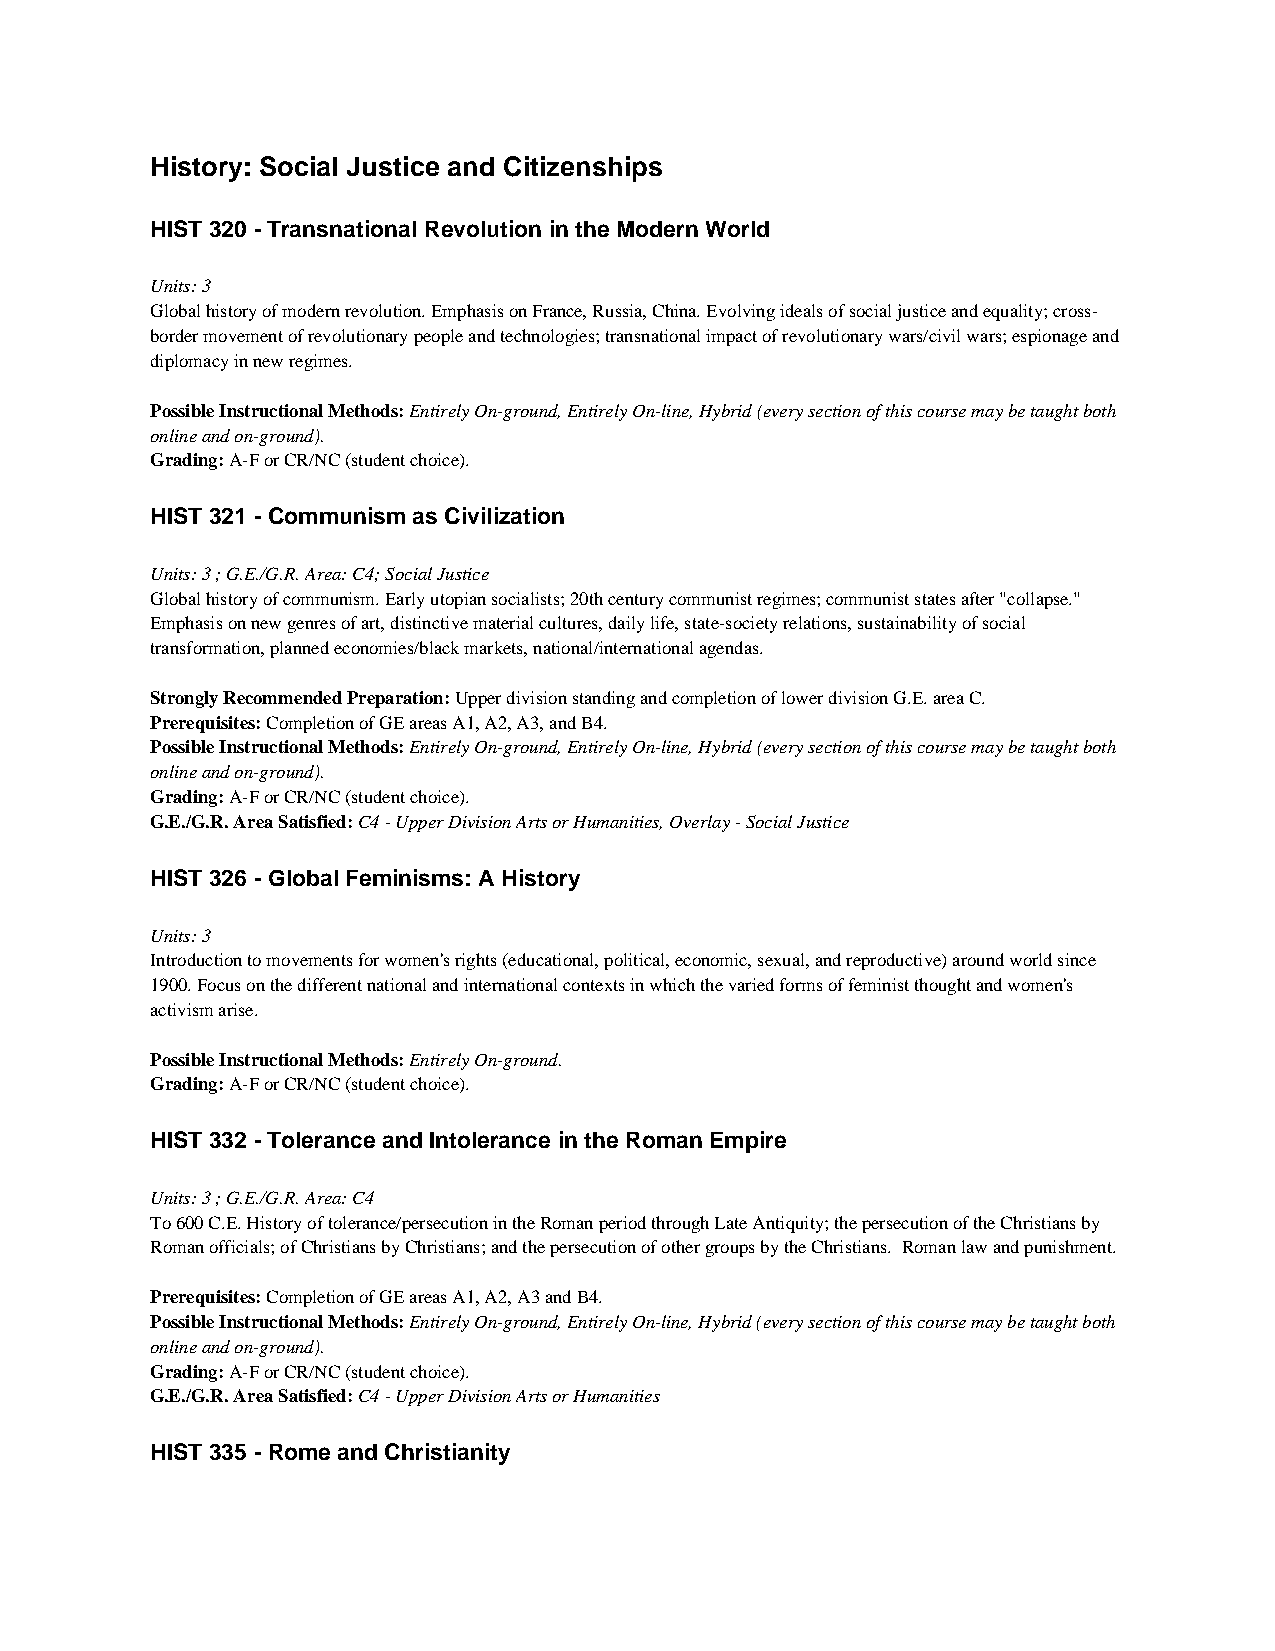
History: Social Justice and Citizenships
 HIST 320 - Transnational Revolution in the Modern World
 Units: 3
 Global history of modern revolution. Emphasis on France, Russia, China. Evolving ideals of social justice and equality; cross-
 border movement of revolutionary people and technologies; transnational impact of revolutionary wars/civil wars; espionage and
 diplomacy in new regimes.
 Possible Instructional Methods: Entirely On-ground, Entirely On-line, Hybrid (every section of this course may be taught both
 online and on-ground).
 Grading: A-F or CR/NC (student choice).
 HIST 321 - Communism as Civilization
 Units: 3 ; G.E./G.R. Area: C4; Social Justice
 Global history of communism. Early utopian socialists; 20th century communist regimes; communist states after "collapse."
 Emphasis on new genres of art, distinctive material cultures, daily life, state-society relations, sustainability of social
 transformation, planned economies/black markets, national/international agendas.
 Strongly Recommended Preparation: Upper division standing and completion of lower division G.E. area C.
 Prerequisites: Completion of GE areas A1, A2, A3, and B4.
 Possible Instructional Methods: Entirely On-ground, Entirely On-line, Hybrid (every section of this course may be taught both
 online and on-ground).
 Grading: A-F or CR/NC (student choice).
 G.E./G.R. Area Satisfied: C4 - Upper Division Arts or Humanities, Overlay - Social Justice
 HIST 326 - Global Feminisms: A History
 Units: 3
 Introduction to movements for women's rights (educational, political, economic, sexual, and reproductive) around world since
 1900. Focus on the different national and international contexts in which the varied forms of feminist thought and women's
 activism arise.
 Possible Instructional Methods: Entirely On-ground.
 Grading: A-F or CR/NC (student choice).
 HIST 332 - Tolerance and Intolerance in the Roman Empire
 Units: 3 ; G.E./G.R. Area: C4
 To 600 C.E. History of tolerance/persecution in the Roman period through Late Antiquity; the persecution of the Christians by
 Roman officials; of Christians by Christians; and the persecution of other groups by the Christians. Roman law and punishment.
 Prerequisites: Completion of GE areas A1, A2, A3 and B4.
 Possible Instructional Methods: Entirely On-ground, Entirely On-line, Hybrid (every section of this course may be taught both
 online and on-ground).
 Grading: A-F or CR/NC (student choice).
 G.E./G.R. Area Satisfied: C4 - Upper Division Arts or Humanities
 HIST 335 - Rome and Christianity